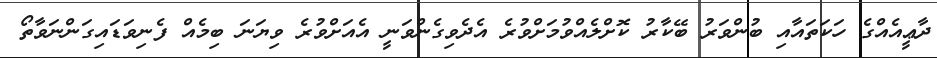
ދާޢީއެއްގެ ހަކަތައާއި ބުންވަރު ބޭކާރު ކޮށްލެއްވުމަށްވުރެ އެދެވިގެންވަނީ އެއަށްވުރެ ވިޔަނަ ބިމެއް ފެނިވަޑައިގަންނަވާތޯ